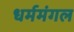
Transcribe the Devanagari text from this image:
धर्ममंगल